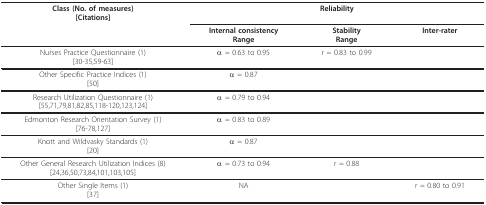
| Class (No. of measures)[Citations] | <COLSPAN=3> Reliability |
 |  | Internal consistencyRange | StabilityRange | Inter-rater |
 | --- | --- | --- | --- |
 | Nurses Practice Questionnaire (1)[30-35,59-63] | α = 0.63 to 0.95 | r = 0.83 to 0.99 |  |
 | Other Specific Practice Indices (1)[50] | α = 0.87 |  |  |
 | Research Utilization Questionnaire (1)[55,71,79,81,82,85,118-120,123,124] | α = 0.79 to 0.94 |  |  |
 | Edmonton Research Orientation Survey (1)[76-78,127] | α = 0.83 to 0.89 |  |  |
 | Knott and Wildvasky Standards (1)[20] | α = 0.87 |  |  |
 | Other General Research Utilization Indices (8)[24,36,50,73,84,101,103,105] | α = 0.73 to 0.94 | r = 0.88 |  |
 | Other Single Items (1)[37] | NA |  | r = 0.80 to 0.91 |